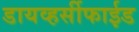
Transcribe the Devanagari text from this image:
डायव्हर्सीफाईड